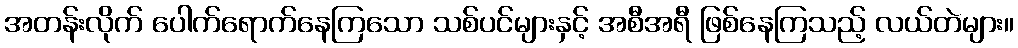
အတန်းလိုက် ပေါက်ရောက်နေကြသော သစ်ပင်များနှင့် အစီအရီ ဖြစ်နေကြသည့် လယ်တဲများ။